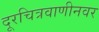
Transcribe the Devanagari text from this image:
दूरचित्रवाणीनवर